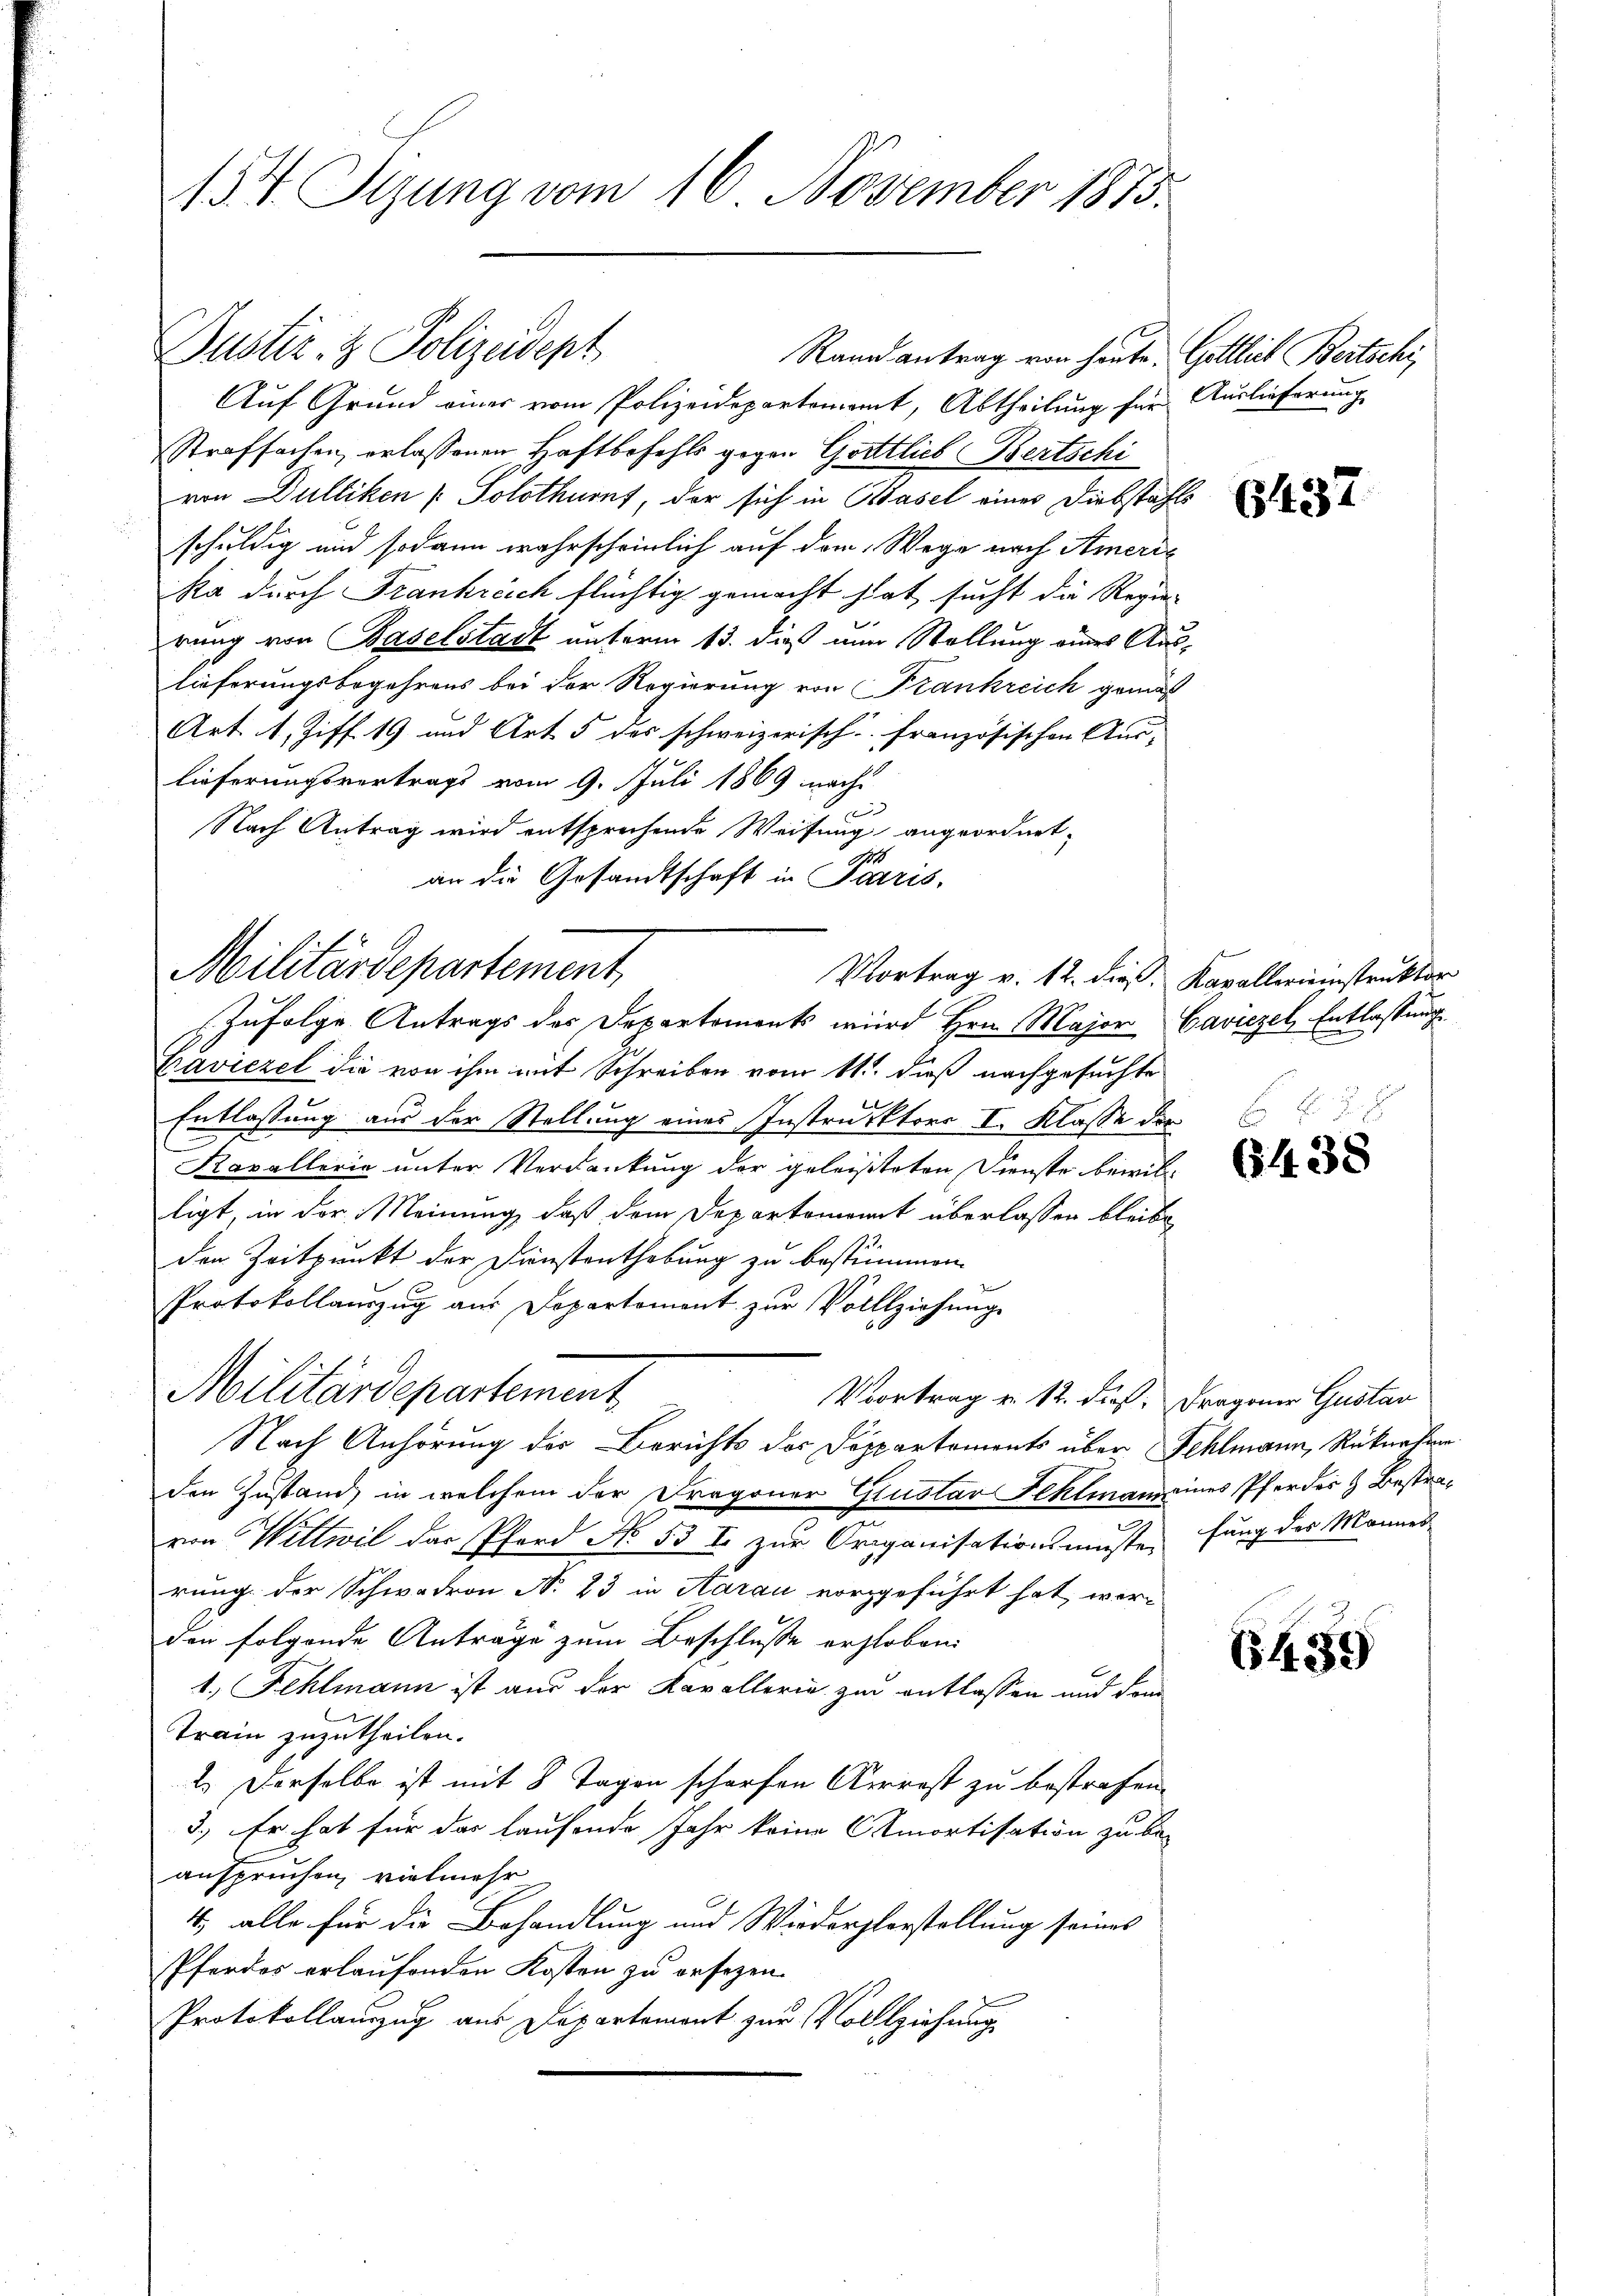
154. Sizung vom 16. November 1873.

Rand antrag von heute.
Auf Grund einer vom Polizeidepartement, Abtheilung für Auslieferung
Strafsachen, erlassenen Haftbefehls gegen Gottlieb Bertschi
von Dulliken ( Solothurn, der sich in Basel eines Diebstahls
schuldig und sodann wahrscheinlich auf dem Wege nach Americ
ka durch Frankreich flüchtig gemacht hat sucht die Regier
rung von Baselstadt unterm 13. dieß nun Stellung eines Auslieferungsbegehrens bei der Regierung von Frankreich gemäß
Art. 1, Ziff. 19 und Art. 5 des schweizerisch französischen Aus-
1
lieferungsvertrags vom 9. Juli 1869 nach
Nach Antrag wird entsprechende Weisung angeordnet,
11
an die Gesandtschaft in Paris,
zufolge Antrags des Departements wird Hrn. Major Caviezel, Entlassung
Baviezel die von ihm mit Schreiben vom 11. dieß nachgesuchte
Entlassung aus der Stellung eines Instruktors I. Klasse die
Kavalloria unter Verdankung der geleisteten Dienste bewillligt, in der Meinung, daß dem Departement überlassen bleibe
den Zeitpunkt der Dienstenthebung zu bestimmen.
Protokollauszug aus Departement zur Vollziehung
Militärdepartement
Vortrag v. 12. dieß. Dragoner Gustar
Nach Anhörung der Berichts des Sappartements über Fehlmann, Rücknahme
den Zustand, in welchem der Fragoner Zustav Fehlmann eines Pferdes & Bestravon Wittwil das Pferd No. 53 f. zur Organisationsmüste, fung des Mannes-
rung der Schwadron N. 23 in Aarau vorzgeführt hat, werd
den folgende Anträge zum Beschlusse erzloben:
1. Fehlmann ist aus der Kavallerie zu entlassen und dem
Train zuzutheilen.
2. Derselbe ist mit 8 Tagen scharfen Arrest zu bestrafen.
3.) Er hat für das laufende Jahr keine Amortisation zu be-
anspruchen, vielmehr
4., alle für die Behandlung und Wiederglerstellung seines
Pferdes erlaufenden Kosten zu ersezen.
Protokollauszug aus Departement zur Vollziehung

Militärdepartement,

Dustiz- & Polizeidept

Vortrag v. 12. dieß, Kavallerienstruktor

Gottlich Bertschi

2

6437

5
438

6439